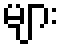
များ